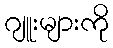
ဂျူးများကို